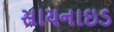
સાયનાઇડ